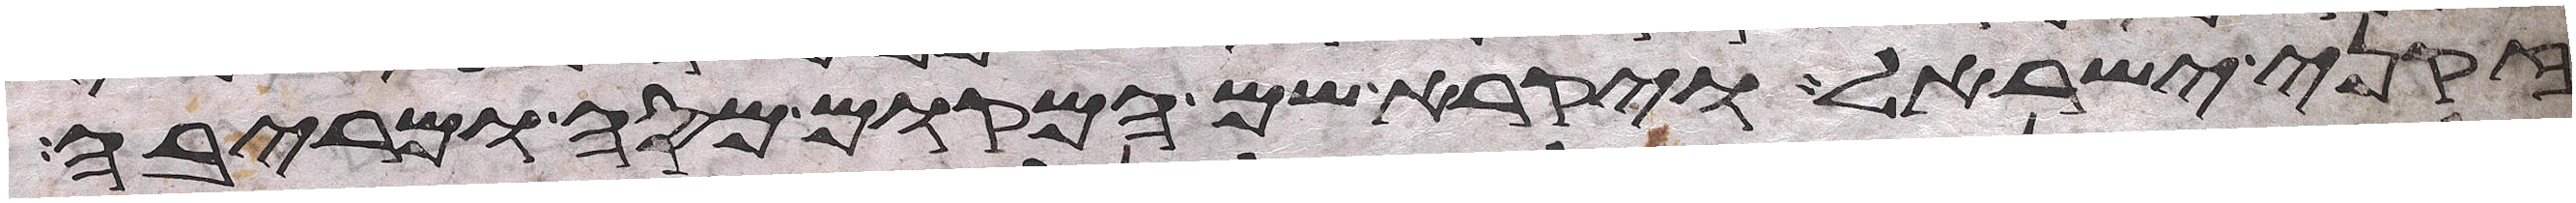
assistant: זקני ישראל ויקרא שם המקום מסה ומריבה